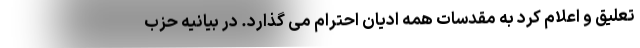
تعلیق و اعلام کرد به مقدسات همه ادیان احترام می گذارد. در بیانیه حزب